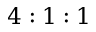
4 : 1 : 1